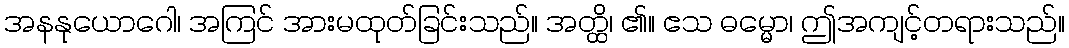
အနနုယောဂေါ၊ အကြင် အားမထုတ်ခြင်းသည်။ အတ္ထိ၊ ၏။ ဧသ ဓမ္မော၊ ဤအကျင့်တရားသည်။